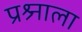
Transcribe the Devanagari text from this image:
प्रश्र्नाला